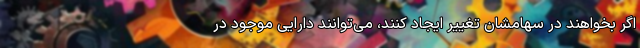
اگر بخواهند در سهامشان تغییر ایجاد کنند، می‌توانند دارایی موجود در